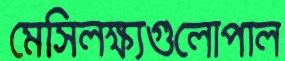
মেসিলক্ষ্যগুলোপাল